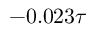
- 0 . 0 2 3 \tau